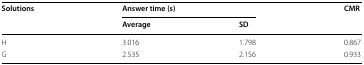
| <ROWSPAN=2> Solutions | <COLSPAN=2> Answer time (s) | <ROWSPAN=2> CMR |
 | Average | SD |
 | --- | --- | --- | --- |
 | H | 3.016 | 1.798 | 0.867 |
 | G | 2.535 | 2.156 | 0.933 |